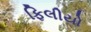
ફિલીયો